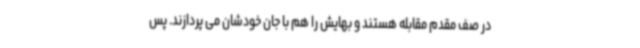
در صف مقدم مقابله هستند و بهایش را هم با جان خودشان می پردازند. پس